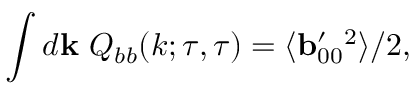
\int d { \bf { k } } \ Q _ { b b } ( k ; \tau , \tau ) = \langle { { \bf { b } } _ { 0 0 } ^ { \prime } { } ^ { 2 } } \rangle / 2 ,